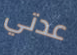
عدتي